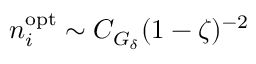
n _ { i } ^ { \mathrm { o p t } } \sim C _ { G _ { \delta } } ( 1 - \zeta ) ^ { - 2 }